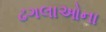
ઢગલાઓના